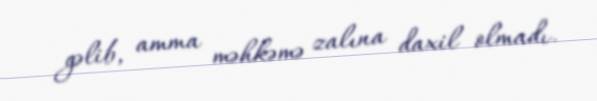
gəlib, amma məhkəmə zalına daxil olmadı.